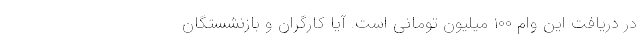
در دریافت این وام ۱۰۰ میلیون تومانی است. آیا کارگران و بازنشستگان